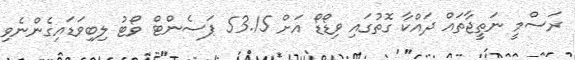
ރަސްމީ ނަތީޖާތައް ދައްކާ ގޮތުގައި ވިޑޯޑޯ އަށް 53.15 ޕަސެންޓް ވޯޓު ލިބިވަޑައިގެންނެވި